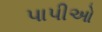
પાપીઓ